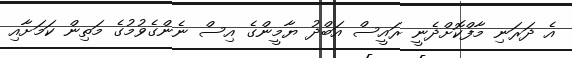
އެ ދަރަނި މާފްކޮށްދެނީ ރައީސް އަބްދު ޔާމީންގެ އިސް ނެންގެވުމުގެ މަތިން ކަމަށާއި